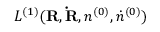
{ \cal L } ^ { ( 1 ) } ( { \bf R , \dot { R } } , n ^ { ( 0 ) } , { \dot { n } ^ { ( 0 ) } } )